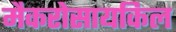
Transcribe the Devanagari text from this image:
मैकरोसायकिल